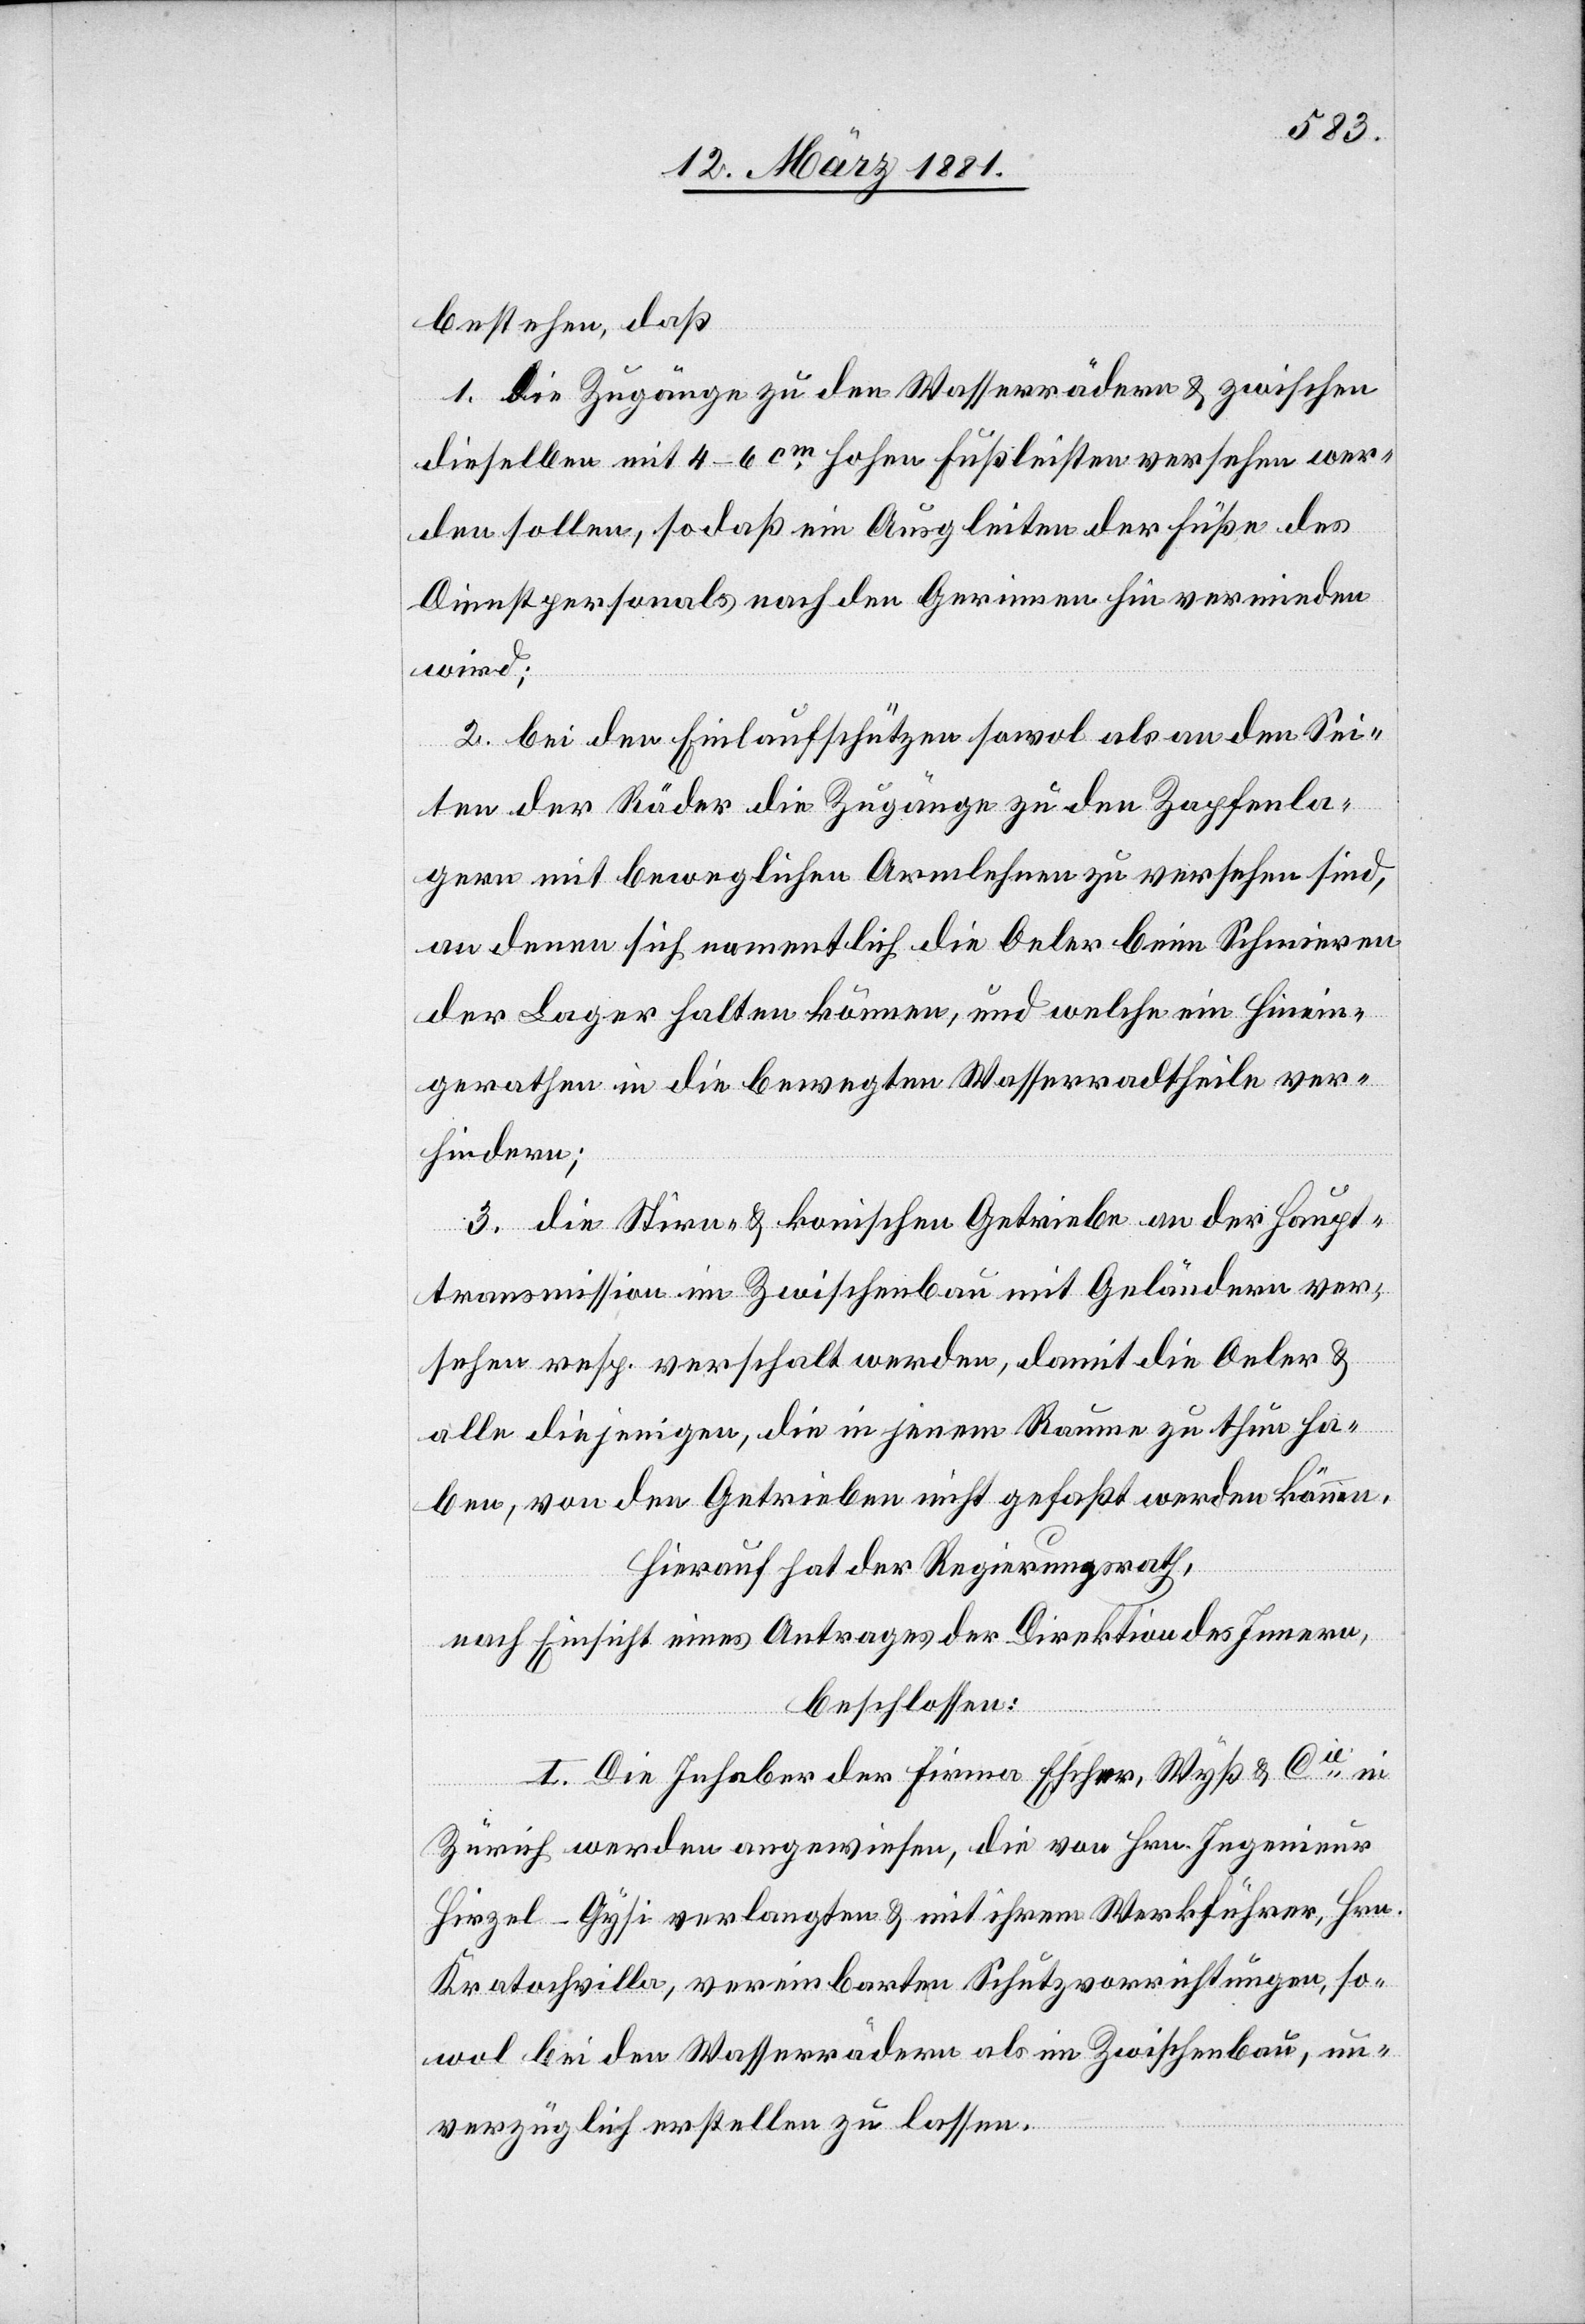
bestehen, daß
1. die Zugänge zu den Wasserrädern & zwischen
dieselben mit 4–6 cm hohen Fußleisten versehen wer¬
den sollen, so daß ein Ausgleiten der Füße des
Dienstpersonals nach den Gerinnen hin vermieden
wird;
2. bei den Einlaufschützen sowol als an den Sei¬
ten der Räder die Zugänge zu den Zapfenla¬
gern mit beweglichen Armlehnen zu versehen sind,
an denen sich namentlich die Oeler beim Schmieren
der Lager halten können, und welche ein Hinein¬
gerathen in die bewegten Wasserradtheile ver¬
hindern;
3. die Stirn- & konischen Getriebe an der Haupt¬
transmission im Zwischenbau mit Geländern ver¬
sehen resp. verschalt werden, damit die Oeler &
alle diejenigen, die in jenem Raume zu thun ha¬
ben, von den Getrieben nicht gefaßt werden können,
hierauf hat der Regierungsrath,
nach Einsicht eines Antrages der Direktion des Innern,
beschlossen:
I. Die Inhaber der Firma Escher, Wyß & Cie in
Zürich werden angewiesen, die von Hrn. Ingenieur
Hirzel-Gysi verlangten & mit ihrem Werkführer, Hrn.
Kratochvilla, vereinbarten Schutzvorrichtungen, so¬
wol bei den Wasserrädern als im Zwischenbau, un¬
verzüglich erstellen zu lassen.